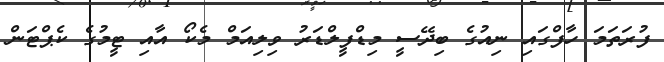
ފުރަތަމަ ހާފްގައި ނިއުގެ ބިދޭސީ މިޑްފީލްޑަރު ވިލިއަމް މެކޯ އާއި ޓީމުގެ ކެޕްޓަން